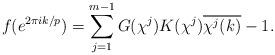
LaTeX: \begin{align*}f(e^{2\pi ik/p})=\sum_{j=1}^{m-1}G(\chi^j)K(\chi^j)\overline{\chi^j(k)}-1. \end{align*}